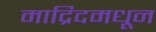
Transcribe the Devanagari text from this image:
माद्रिदमधून